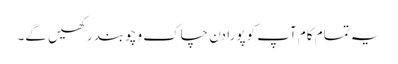
یہ تمام کام آپ کو پورا دن چاک و چوبند رکھیں گے۔